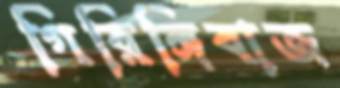
গিরিঙ্গিবাজ